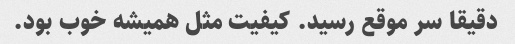
دقیقا سر موقع رسید. کیفیت مثل همیشه خوب بود.